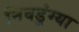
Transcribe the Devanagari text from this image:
निवडुंग्या